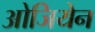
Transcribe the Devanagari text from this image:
ओजियेन